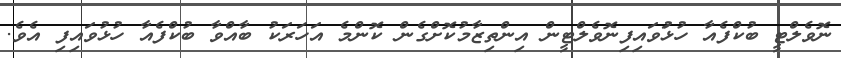
ނޮވެލްޓީ ބުކްފެއާ ހުޅުަވައިފިނޮވެލްޓީން އިންތިޒާމުކޮށްގެން ކޮންމެ އަހަރަކު ބާއްވާ ބުކްފެއާ ހުޅުވައިފި އެވެ.